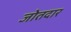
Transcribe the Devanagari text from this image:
जोतदार